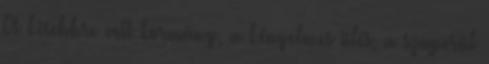
A kisebbre vett kormány, a kényelmes ülés, a szuperül